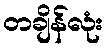
တချိန်လုံး